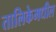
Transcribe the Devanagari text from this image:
तालिकेमधील